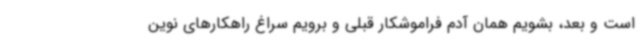
است و بعد، بشویم همان آدم فراموشکار قبلی و برویم سراغ راهکارهای نوین